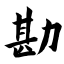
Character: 勘